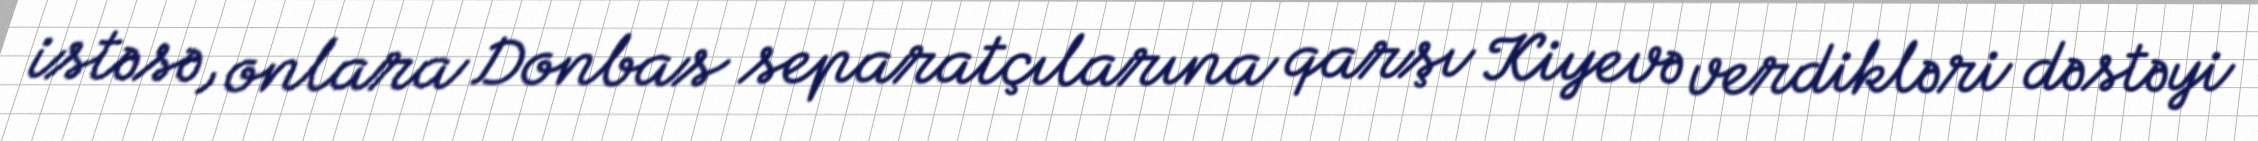
istəsə, onlara Donbas separatçılarına qarşı Kiyevə verdikləri dəstəyi